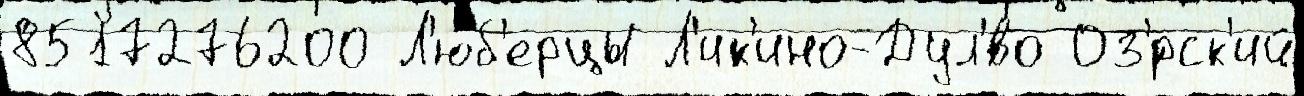
8517276200 Л'юб'ерцы Л'ик'ино-Дул'́во Оз'́рск'ий